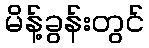
မိန့်ခွန်းတွင်